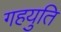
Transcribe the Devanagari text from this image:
गहयुति